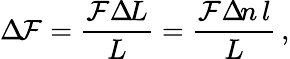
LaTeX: \Delta\! \mathcal{F}=\frac{{\mathcal{F}\Delta\! L}}{L}=\frac{{\mathcal{F}\Delta\! n\, l}}{L}\, ,